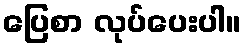
ပြေစာ လုပ်ပေးပါ။